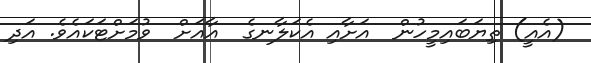
(އެއީ) ތިޔަބައިމީހުން  އަށާއި އެކަލާނގެ  އާއަށް  ވުމަށްޓަކައެވެ. އަދި